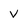
Character: V